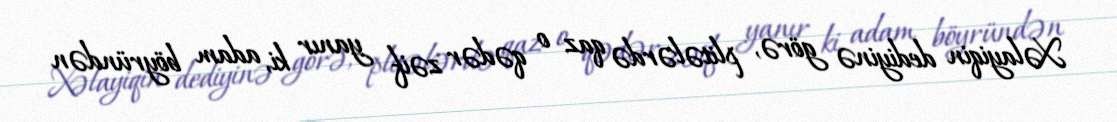
Xəlayiqin dediyinə görə, plitələrdə qaz o qədər zəif yanır ki, adam böyründən